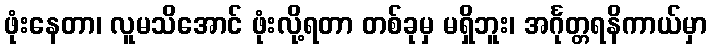
ဖုံးနေတာ၊ လူမသိအောင် ဖုံးလို့ရတာ တစ်ခုမှ မရှိဘူး၊ အင်္ဂုတ္တရနိကာယ်မှာ